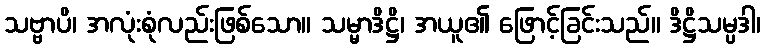
သဗ္ဗာပိ၊ အလုံးစုံလည်းဖြစ်သော။ သမ္မာဒိဋ္ဌိ၊ အယူ၏ ဖြောင့်ခြင်းသည်။ ဒိဋ္ဌိသမ္ပဒါ၊